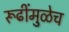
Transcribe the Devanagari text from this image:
रूढींमुळेच